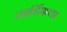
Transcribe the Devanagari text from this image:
कार्डिफचा